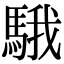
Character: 騀